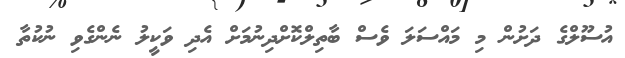
އުސޫލްގެ ދަށުން މި މައްސަލަ ވެސް ބާތިލްކޮށްދިނުމަށް އެދި ވަކީލު ނެންގެވި ނުކުތާ